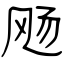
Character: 飏